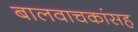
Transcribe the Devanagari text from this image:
बालवाचकांसह